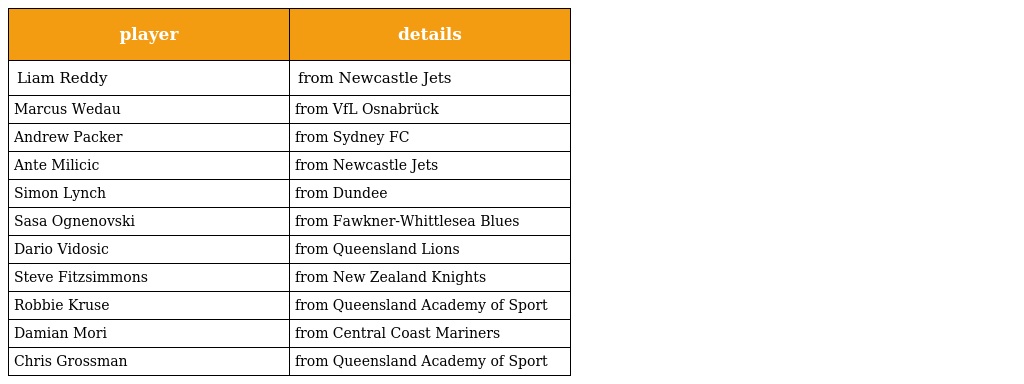
| player | details |
 | --- | --- |
 | Liam Reddy | from Newcastle Jets |
 | Marcus Wedau | from VfL Osnabrück |
 | Andrew Packer | from Sydney FC |
 | Ante Milicic | from Newcastle Jets |
 | Simon Lynch | from Dundee |
 | Sasa Ognenovski | from Fawkner-Whittlesea Blues |
 | Dario Vidosic | from Queensland Lions |
 | Steve Fitzsimmons | from New Zealand Knights |
 | Robbie Kruse | from Queensland Academy of Sport |
 | Damian Mori | from Central Coast Mariners |
 | Chris Grossman | from Queensland Academy of Sport |